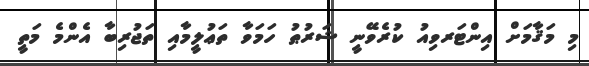
މި މަޤާމަށް އިންޓަރވިއު ކުރެވޭނީ ޝަރުޠު ހަމަވާ ތަޢުލީމާއި ތަޖުރިބާ އެންމެ މަތީ